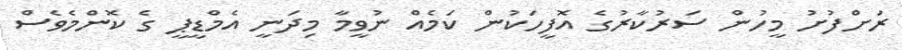
ރަށްފުށު މީހުން ސަރުކާރުގެ އޮފީހަކުން ކަމެއް ނުވީމާ މިދަނީ އެމްޑީޕީ ގެ ކޮންމެވެސް